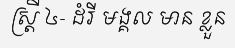
ស្ត្រី ៤- ដំរី មង្គល មាន ខ្លួន